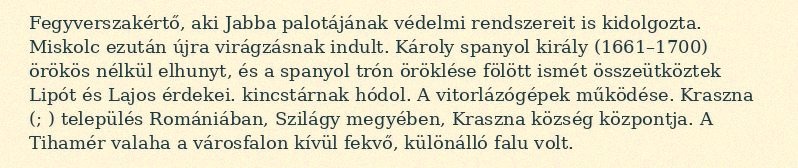
Fegyverszakértő, aki Jabba palotájának védelmi rendszereit is kidolgozta. Miskolc ezután újra virágzásnak indult. Károly spanyol király (1661–1700) örökös nélkül elhunyt, és a spanyol trón öröklése fölött ismét összeütköztek Lipót és Lajos érdekei. kincstárnak hódol. A vitorlázógépek működése. Kraszna (; ) település Romániában, Szilágy megyében, Kraszna község központja. A Tihamér valaha a városfalon kívül fekvő, különálló falu volt.